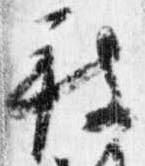
被